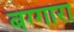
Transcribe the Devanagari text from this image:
बग्गारा